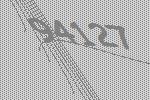
94127